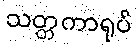
သတ္တကာရုပ်